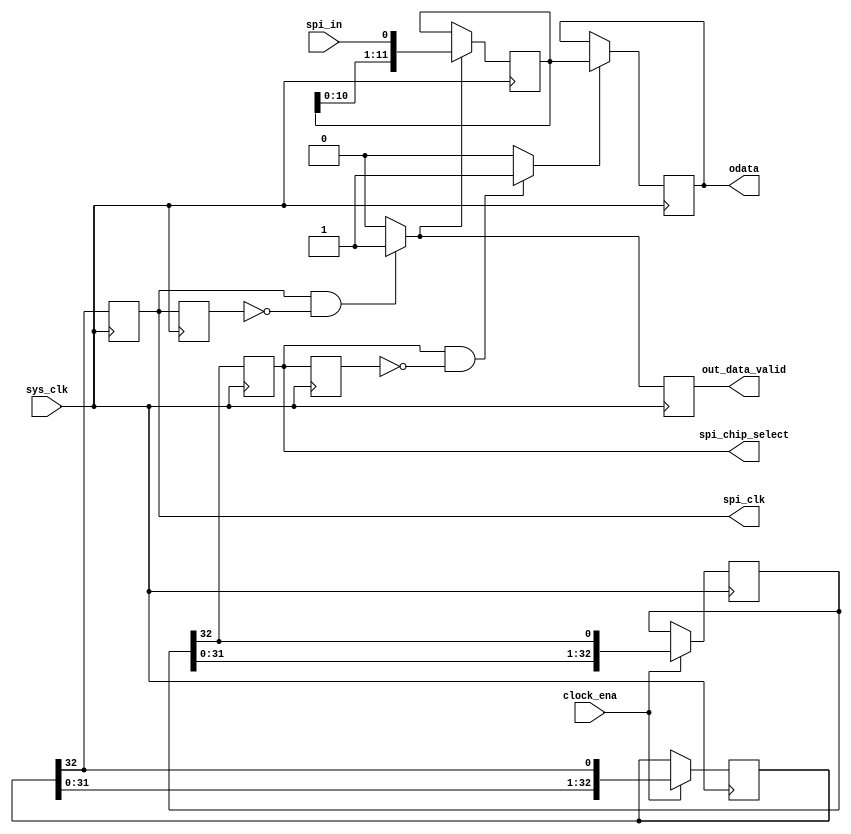
`timescale 1 ns/ 1ps;

module mcp3201_driver(
    input sys_clk,
    input clock_ena,
    input spi_in,
    output spi_chip_select,
    output spi_clk,
    output [11:0] odata,
    output reg out_data_valid
);
    reg [32:0] sr;
    reg [11:0] sr_data_in;
    reg [11:0] data;
    reg [32:0] sr_chip_select;
    reg spi_clk_tmp;
    reg spi_ncs;
    reg spi_clk_dff;
    reg spi_ncs_dff;
    wire data_valid;
    wire odata_valid;
    
    initial begin
      sr_chip_select <= 33'b111_0000_0000_0000_0000_0000_0000_0000_00;
      sr             <= 33'b000_0101_0101_0101_0101_0101_0101_0101_01;
    end
    always @(posedge sys_clk) begin
      if(clock_ena) begin
        sr <= {sr[31:0], sr[32]};
      end
        spi_clk_tmp <= sr[32];
    end
//shift register
    always @(posedge sys_clk) begin
      if(clock_ena) begin
        sr_chip_select <= {sr_chip_select[31:0], sr_chip_select[32]};
      end
        spi_ncs <= sr_chip_select[32];
    end
// pause for 200ns (one pulse sys clock) for synchronus geting data
	always @(posedge sys_clk) begin
    	  spi_clk_dff <= spi_clk;
      if((spi_clk == 1'b1) && (spi_clk_dff == 1'b0)) begin
        out_data_valid <= 1'b1;
      end else begin
        out_data_valid <= 1'b0;
      end
	end

	always @(posedge sys_clk) begin
     if(data_valid) begin
        sr_data_in <= {sr_data_in[10:0], spi_in};
     end
    	 end
// combinatorical variant (sync off)			
	assign data_valid = ((spi_clk == 1'b1) && (spi_clk_dff == 1'b0)) ?  1'b1 : 1'b0;
//sync off
	always @(posedge sys_clk) begin
		spi_ncs_dff <= spi_ncs;
	end

  	assign odata_valid = ((spi_ncs == 1'b1) && (spi_ncs_dff == 1'b0)) ?  1'b1 : 1'b0;

	always @(posedge sys_clk) begin
	  if(odata_valid) begin
		  data <= sr_data_in;
	 end
	end

	assign odata = data;
	
        assign spi_chip_select = spi_ncs;
        assign spi_clk         = spi_clk_tmp;

endmodule